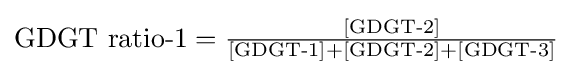
{\text{GDGT ratio-1}}={\tfrac {[{\text{GDGT-2}}]}{[{\text{GDGT-1}}]+[{\text{GDGT-2}}]+[{\text{GDGT-3}}]}}